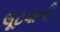
લૂટવાની